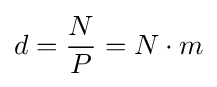
d={\frac {N}{P}}=N\cdot m